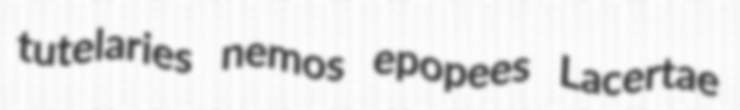
tutelaries nemos epopees Lacertae